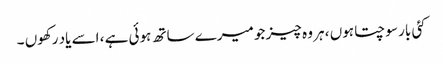
کئی بار سوچتا ہوں ، ہر وہ چیز جو میرے ساتھ ہوئی ہے ، اسے یاد رکھوں ۔